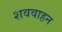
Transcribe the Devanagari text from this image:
शववाहन